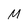
Character: M